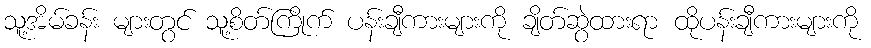
သူ့အိမ်ခန်း များတွင် သူ့စိတ်ကြိုက် ပန်းချီကားများကို ချိတ်ဆွဲထားရာ ထိုပန်းချီကားများကို